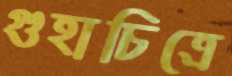
গুহাচিত্রে